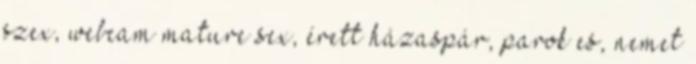
szex, webcam mature sex, érett házaspár, parok es, nemet